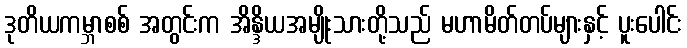
ဒုတိယကမ္ဘာစစ် အတွင်းက အိန္ဒိယအမျိုးသားတို့သည် မဟာမိတ်တပ်များနှင့် ပူးပေါင်း